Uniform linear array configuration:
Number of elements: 32
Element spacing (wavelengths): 1
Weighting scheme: blackman
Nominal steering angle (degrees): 60
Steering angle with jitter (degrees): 58.095
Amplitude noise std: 0.05
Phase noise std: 0.05

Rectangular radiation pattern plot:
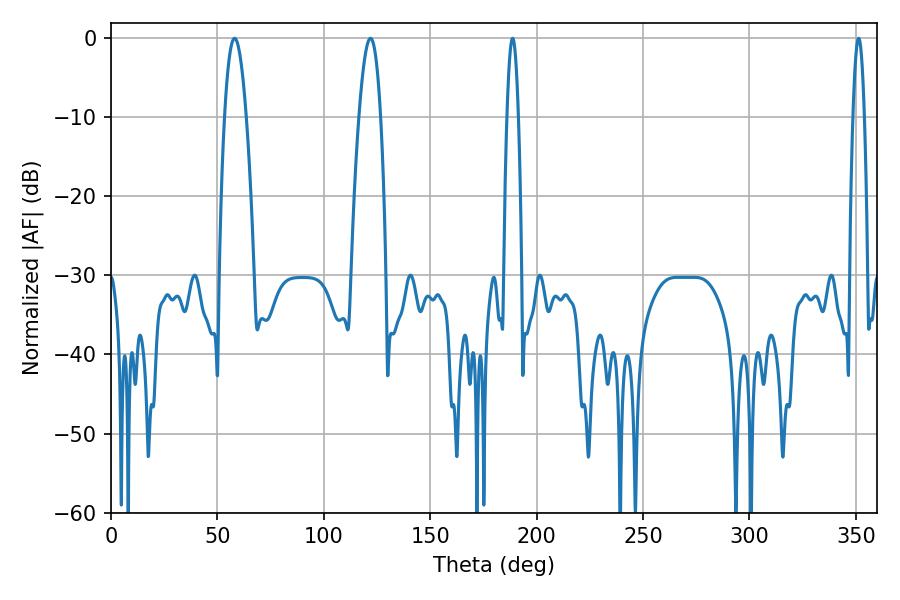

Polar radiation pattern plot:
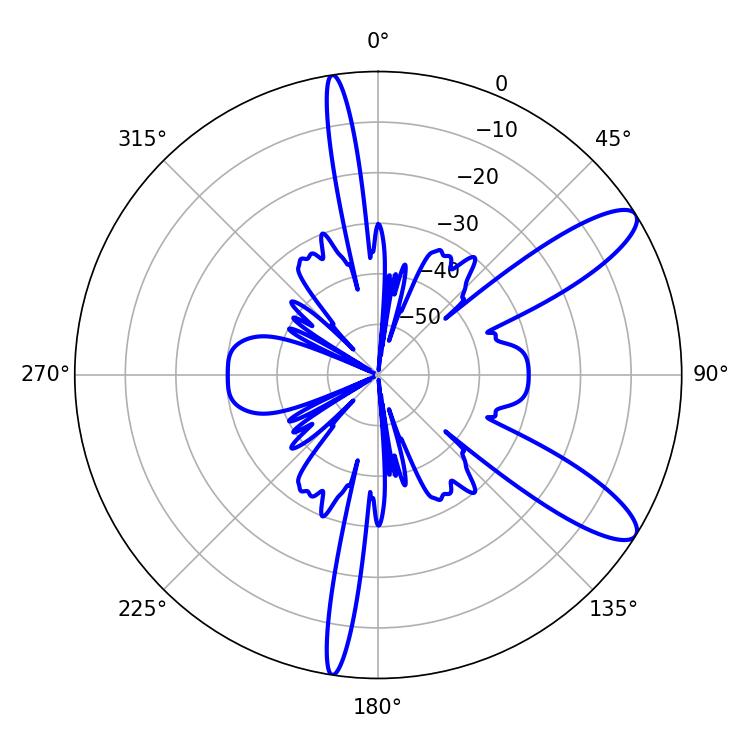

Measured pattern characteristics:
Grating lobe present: TRUE
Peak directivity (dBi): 10.901
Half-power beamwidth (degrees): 5.58
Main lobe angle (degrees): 58.14